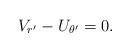
LaTeX: \begin{align*} V_{r'}-U_{\theta'}=0. \end{align*}